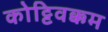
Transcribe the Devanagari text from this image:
कोट्टिवक्कम